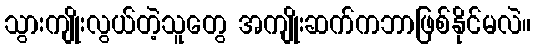
သွားကျိုးလွယ်တဲ့သူတွေ အကျိုးဆက်ကဘာဖြစ်နိုင်မလဲ။